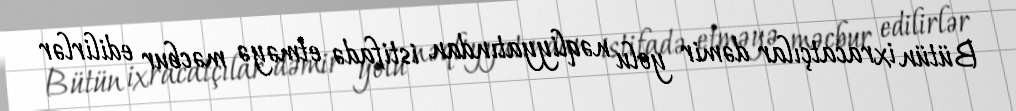
Bütün ixracatçılar dəmir yolu nəqliyyatından istifadə etməyə məcbur edilirlər